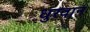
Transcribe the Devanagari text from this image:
धुरवान